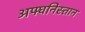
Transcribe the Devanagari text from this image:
अफ्घनिस्तान